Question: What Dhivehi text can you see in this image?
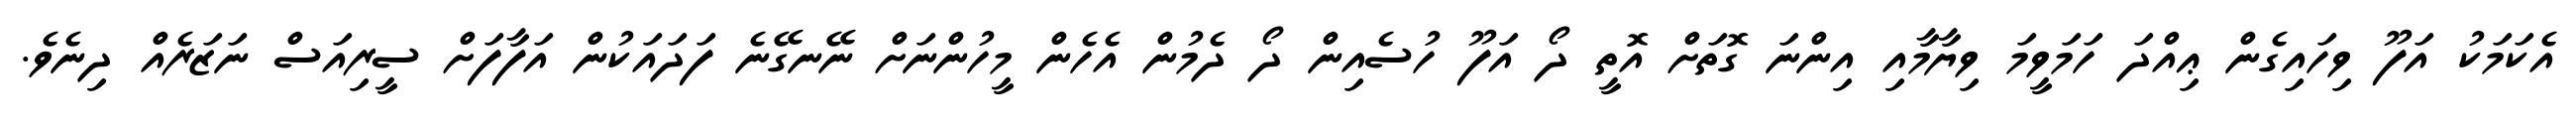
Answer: އެކަމަކު އަފޫ ވިހައިގެން ޢިއްދަ ހަމަވީމަ ވިޔާމާއި އިންނަ ގޮތަށް އޮތީ ދޯ އަފޫ ހުސެއިން ދޯ ދެމުން އެހެން މީހުންނަށް ނޭނގޭނެ ފަދައަކުން އަފާފަށް ސީރިއަސް ނަޒަރެއް ދިނެވެ.